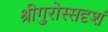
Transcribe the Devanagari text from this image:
श्रीगुरोस्सदृशं